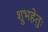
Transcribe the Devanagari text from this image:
शुभहेतुः